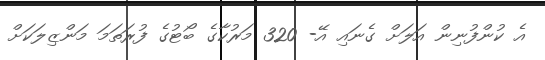
އެ ކުންފުނިން އަލަށް ގެނައި އޭ- 320 މަރުކާގެ ބޯޓުގެ ފުރަތަމަ މަންޒިލަކަށް